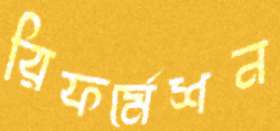
রিফর্মেশন